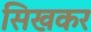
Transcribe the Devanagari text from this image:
सिखकर